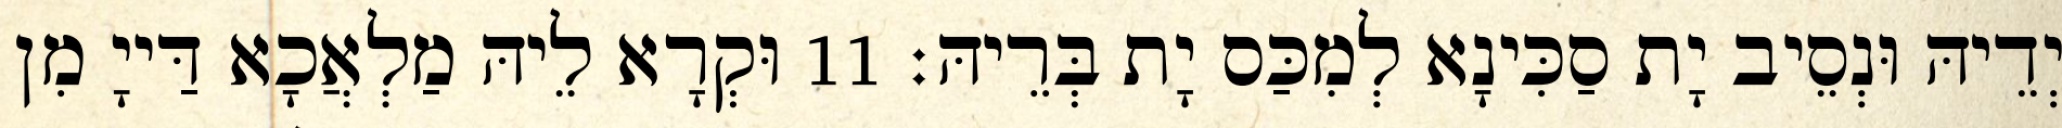
יְדֵיהּ וּנְסֵיב יָת סַכִּינָא לְמִכַּס יָת בְּרֵיהּ׃ 11 וּקְרָא לֵיהּ מַלְאֲכָא דַּייָ מִן